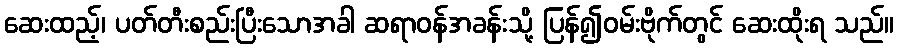
ဆေးထည့်၊ ပတ်တီးစည်းပြီးသောအခါ ဆရာဝန်အခန်းသို့ ပြန်၍ဝမ်းဗိုက်တွင် ဆေးထိုးရ သည်။